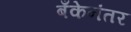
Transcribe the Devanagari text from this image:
बँकेनंतर